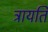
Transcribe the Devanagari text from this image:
त्रायति